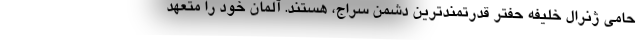
حامی ژنرال خلیفه حفتر قدرتمندترین دشمن سراج، هستند. آلمان خود را متعهد